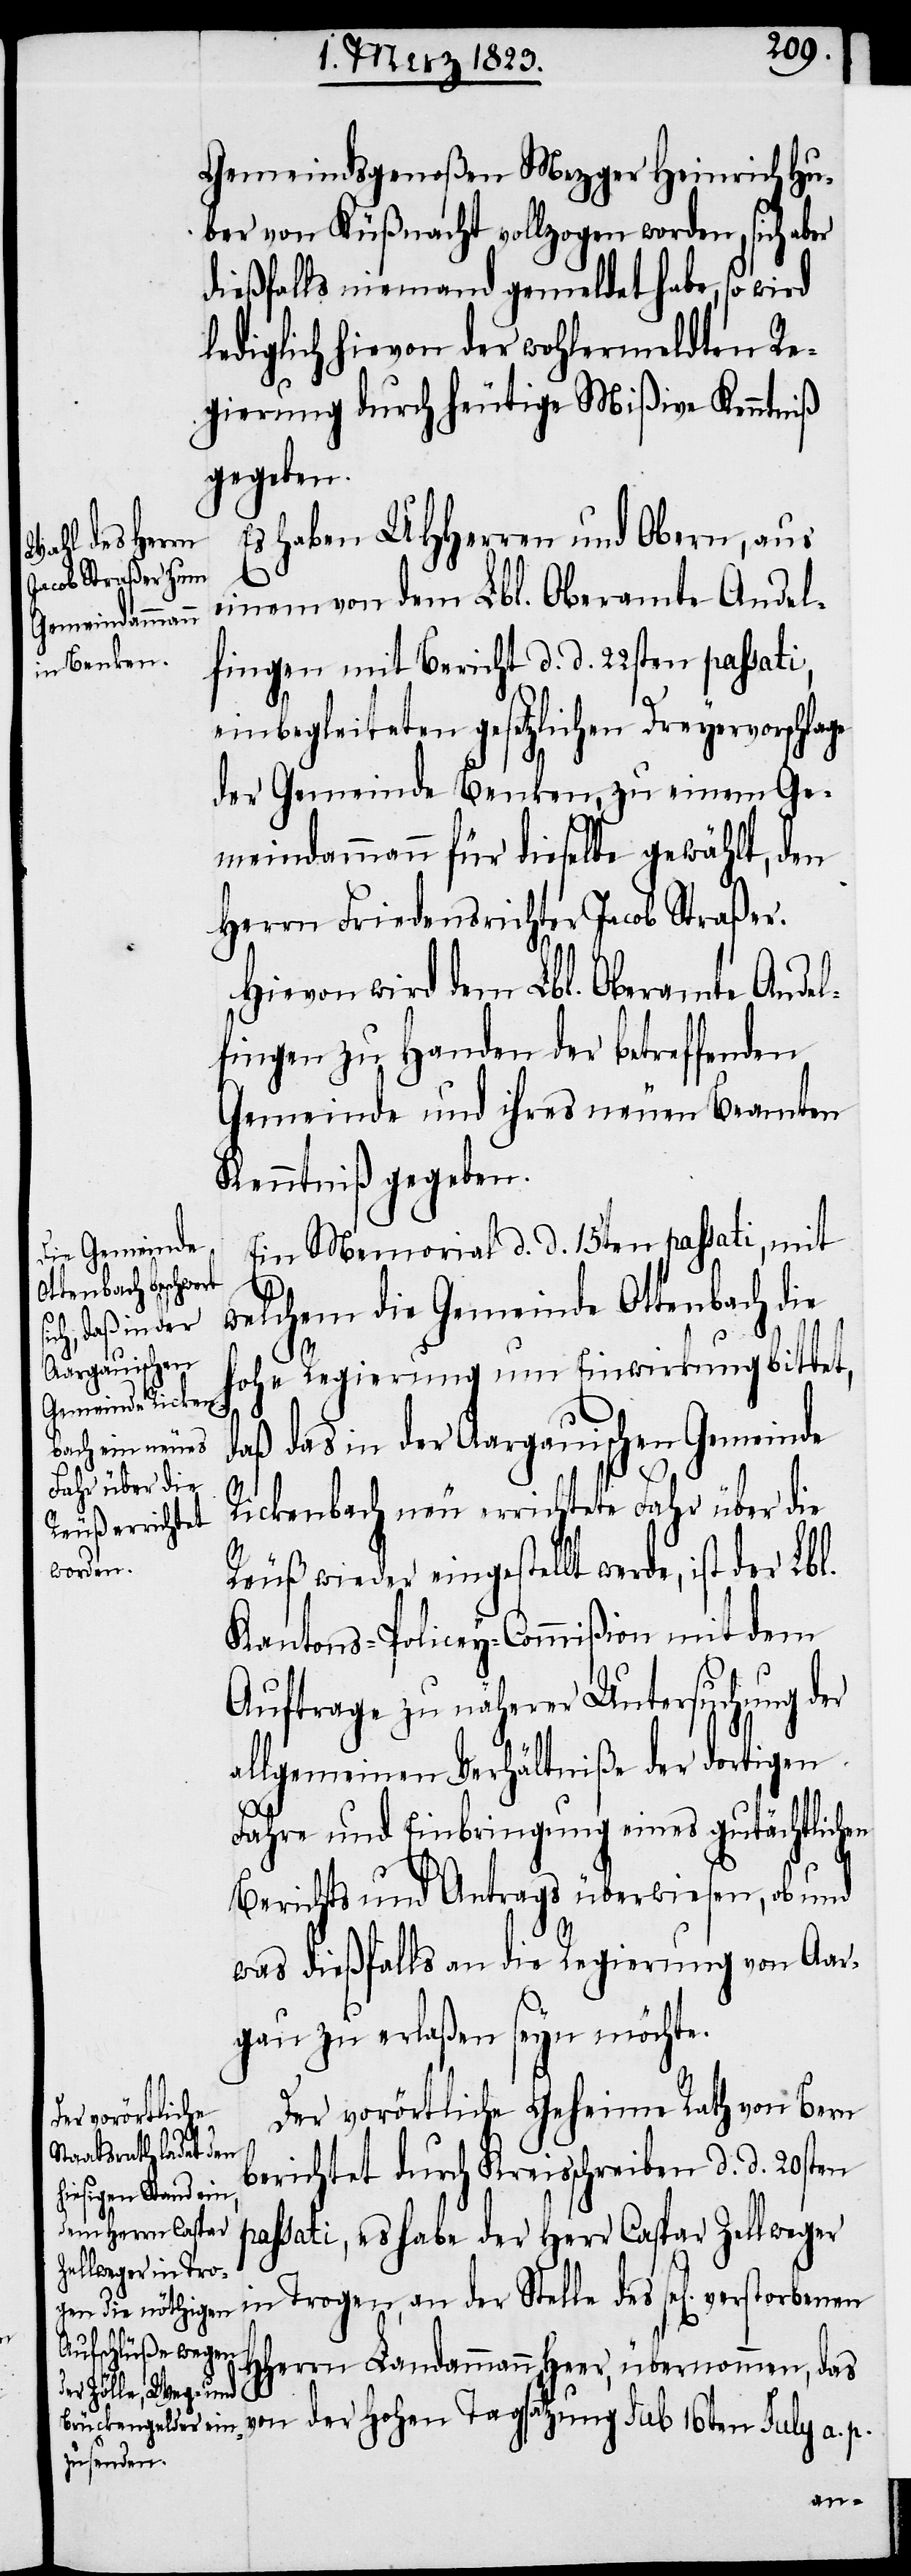
Gemeindsgenoßen Mezger Heinrich Hu¬
ber von Küßnacht vollzogen worden, sich aber
dießfalls niemand gemeldet habe, so wird
lediglich hievon der wohlermeldten Re¬
gierung durch heutige Mißve Kenntniß
gegeben.
Es haben UHHerren und Obern, aus
einem von dem Lbl. Oberamte Andel¬
fingen mit Bericht d. d. 22sten passati,
einbegleiteten gesetzlichen Dreyervorschla¬
der Gemeinde Benken, zu einem Ge¬
meindammann für dieselbe gewählt, den
Herrn Friedensrichter Jacob Straßer.
Hievon wird dem Lbl. Oberamte Andel¬
fingen zu Handen der betreffenden
Gemeinde und ihres neuen Beamten
Kenntniß gegeben.
Ein Memorial d. d. 15ten passati, mit
welchem die Gemeinde Ottenbach die
hohe Regierung um Einwirkung bittet,
ge
daß das in der Aargauischen Gemeinde
Rickenbach neu errichtete Fahr über die
Reuß wieder eingestellt werde, ist der
Kantons-Policey-Commißion mit dem
Auftrage zu näherer Untersuchung der
allgemeinen Verhältniße der dortigen
Fahre und Einbringung eines gutächtlichen
Berichts und Antrags überwiesen, ob und
was dießfalls an die Regierung von Aar¬
gau zu erlaßen seyn möchte.
Der vorörtliche Geheime Rath von Bern
berichtet durch Kreisschreiben d. d. 20sten
passati, es habe der Herr Caspar Zellweger
HHerrn Landammann Heer, übernommen, das
von der Hohen Tagsatzung Sub 16ten July a. p.
an